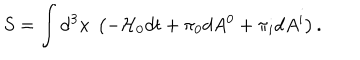
S = \int \mathrm { d } ^ { 3 } x ~ \left( - { \cal H } _ { 0 } d t + \pi _ { 0 } d A ^ { 0 } + \pi _ { i } d A ^ { i } \right) .